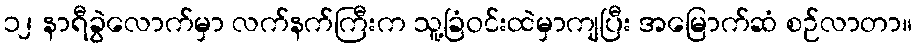
၁၂ နာရီခွဲလောက်မှာ လက်နက်ကြီးက သူ့ခြံဝင်းထဲမှာကျပြီး အမြောက်ဆံ စဉ်လာတာ။